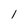
Character: 1